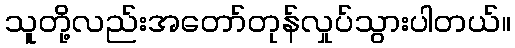
သူတို့လည်းအတော်တုန်လှုပ်သွားပါတယ်။